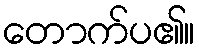
တောက်ပ၏။